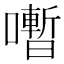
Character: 𡃞